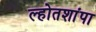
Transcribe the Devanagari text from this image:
ल्होतशांपा